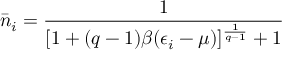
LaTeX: \bar { n } _ { i } = \frac { 1 } { [ 1 + ( q - 1 ) \beta ( \epsilon _ { i } - \mu ) ] ^ { \frac { 1 } { q - 1 } } + 1 }